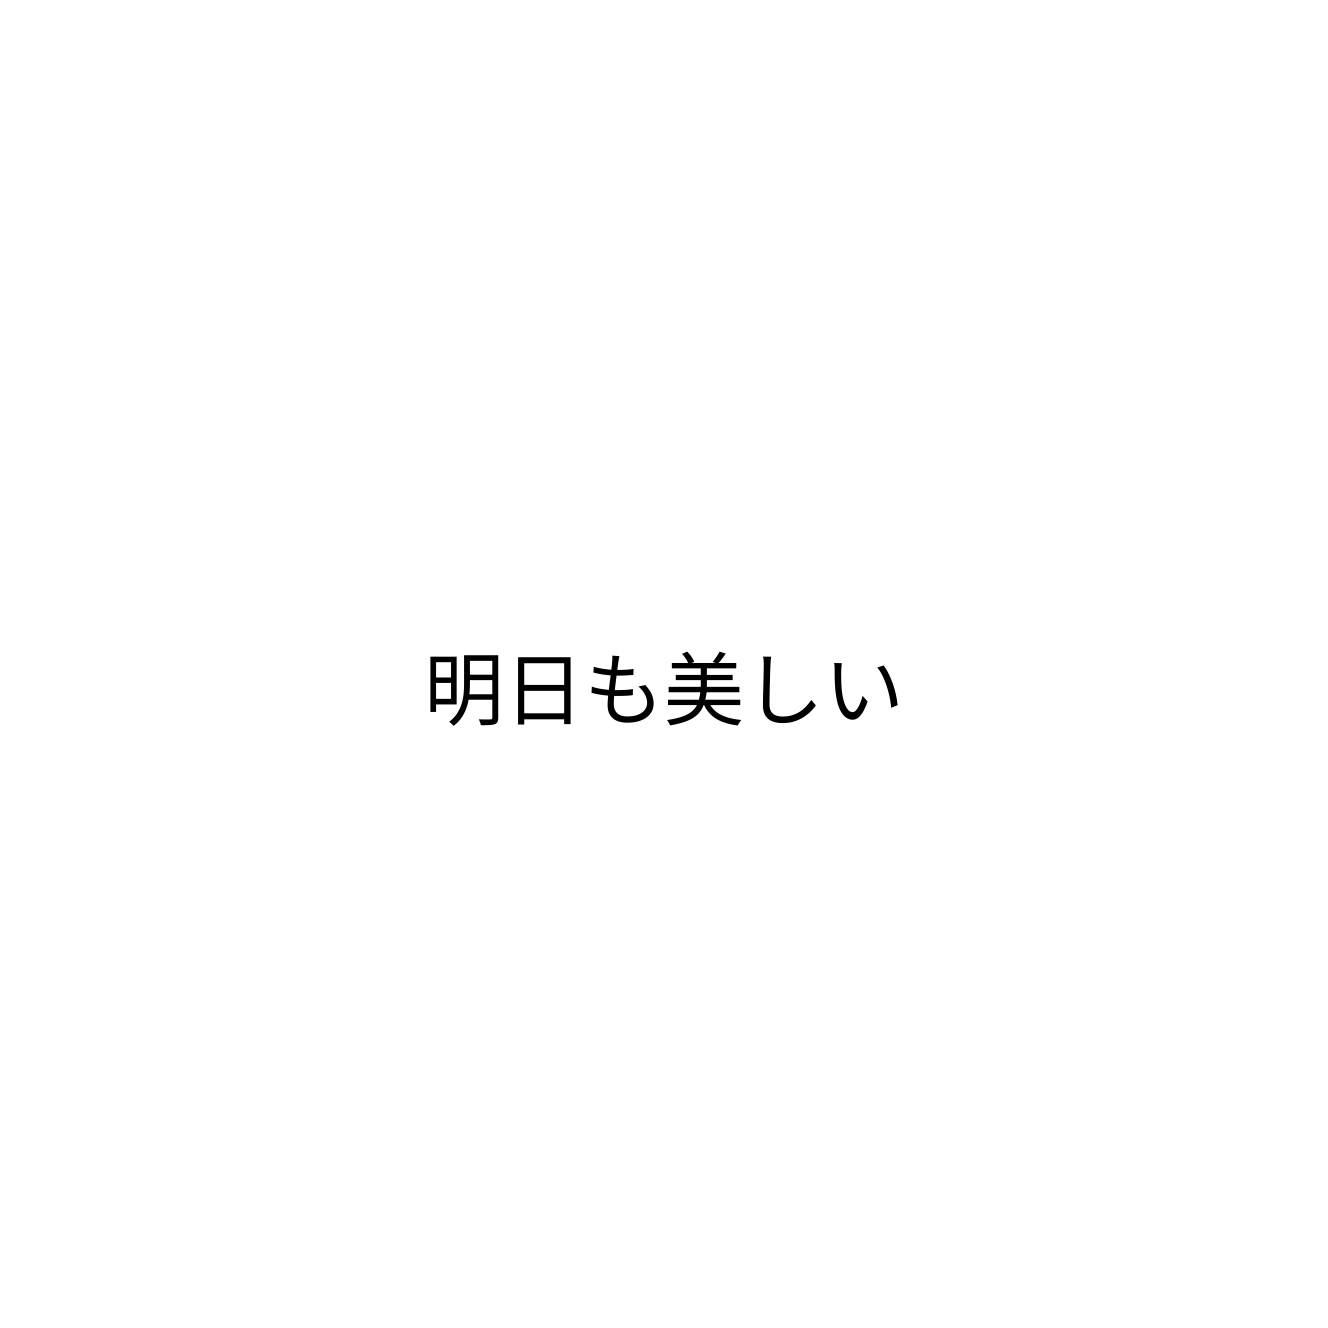
明日も美しい